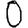
Digit: 0